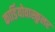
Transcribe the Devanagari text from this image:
कार्डियोवास्कुलर